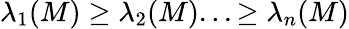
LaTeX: \lambda_{1}(M)\geq\lambda_{2}(M)...\geq\lambda_{n}(M)